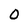
Character: 0